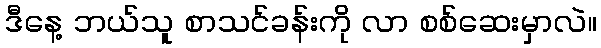
ဒီနေ့ ဘယ်သူ စာသင်ခန်းကို လာ စစ်ဆေးမှာလဲ။